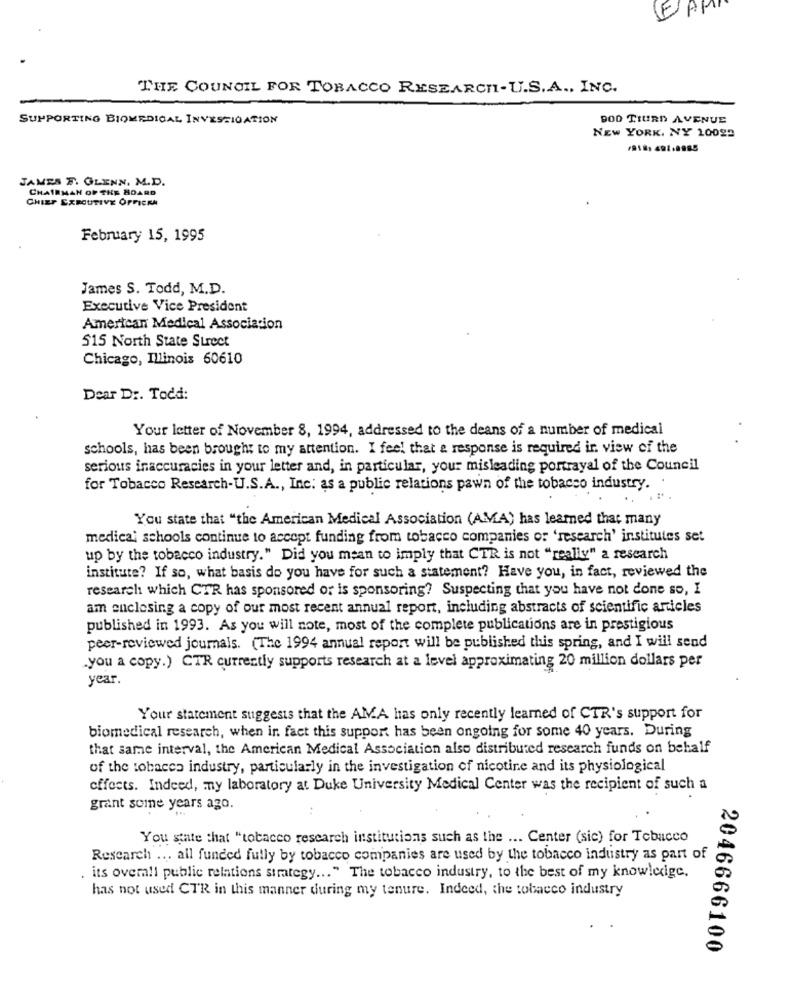
THE COUNCIL FOR TOBACCO RESEARCH-U.S.A ., INC.
SUPPORTING BIOMEDICAL INVESTIGATION
DOD TIURD AVENUE
NEW YORK, NY 10029
JAMES F. GLENN. M.D.
CHAIRMAN OF THE BOARD
CHIEF EXECUTIVE OFFICKM
February 15, 1995
James S. Todd, M.D.
Executive Vice President
American Medical Association
515 North State Street
Chicago, Illinois 60610
Dear D :. Todd:
Your letter of November 8, 1994, addressed to the deans of a number of medical
schools, has been brought to my attention. I feel that a response is required in view of the
serious inaccuracies in your letter and, in particular, your misleading portrayal of the Council
for Tobacco Research-U.S.A ., Inc: as a public relations pawn of the tobacco industry. .
..
You state that "the American Medical Association (AMA) has learned that many
medica; schools continue to accept funding from tobacco companies of 'research' institutes set
up by the tobacco industry." Did you mean to imply that CTR is not "really" a research
institute? If so, what basis do you have for such a statement? Have you, in fact, reviewed the
research which CTR has sponsored or is sponsoring? Suspecting that you have not done so, I
am enclosing a copy of our most recent annual report, including abstracts of scientific articles
published in 1993. As you will note, most of the complete publications are in prestigious
peer-reviewed journals. (The 1994 annual report will be published this spring, and I will send
.you a copy.) CTR currently supports research at a level approximating 20 million dollars per
year.
Your statement suggests that the AMA has only recently learned of CTR's support for
biomedical research, when in fact this support has been ongoing for some 40 years. During
that same interval, the American Medical Association also distributed research funds on behalf
of the tobacco industry, particularly in the investigation of nicotine and its physiological
effects. Indeed, my laboratory at Duke University Medical Center was the recipient of such a
grant some years ago.
You state that "tobacco research institutions such as the ... Center (sic) for Tobacco
Research ... all funded fully by tobacco companies are used by the tobacco industry as part of
its overall public relations strategy ... " The tobacco industry, to the best of my knowledge.
has not used CTR in this manner during my tenure. Indeed, the tobacco industry
2046666100